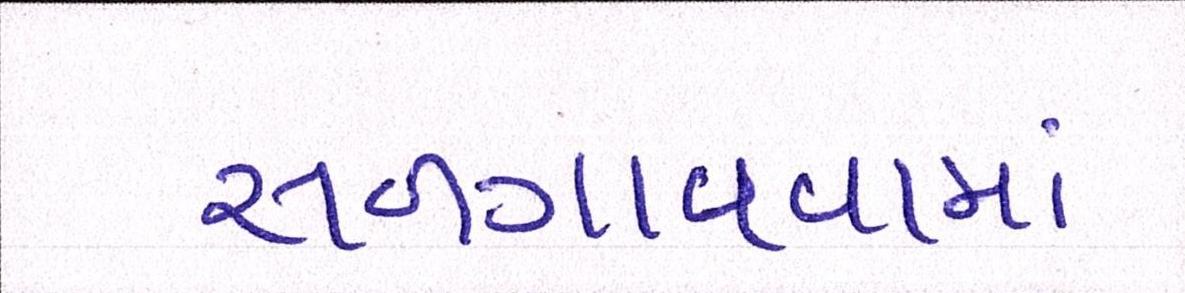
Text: સળગાવવામાં